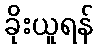
ခိုးယူရန်